Scottish Leaving Certificate Examination, 1959
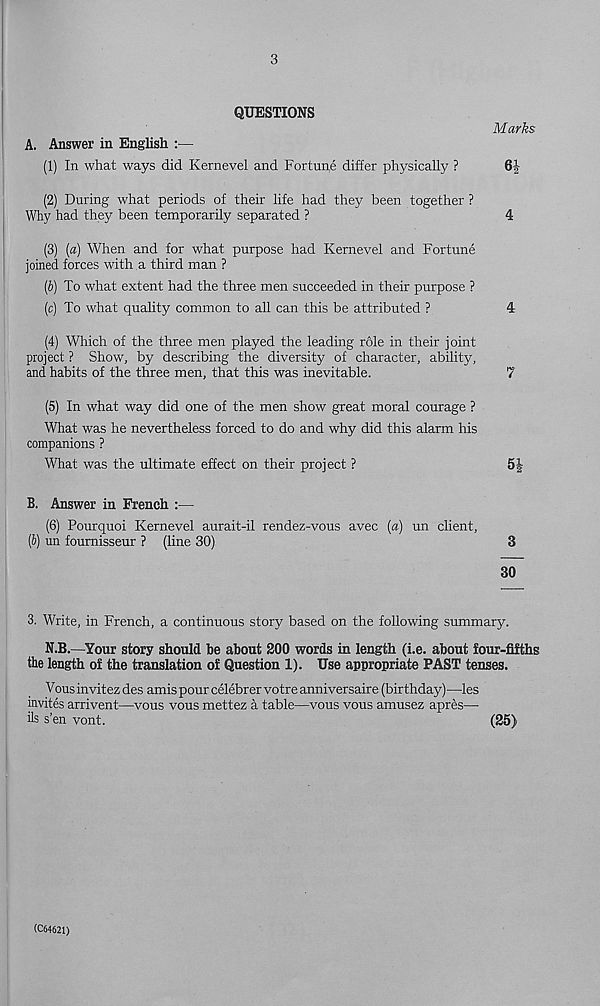
3
QUESTIONS
Marks
A. Answer in English :—
(1) In what ways did Kernevel and Fortune differ physically ?
6f
(2) During what periods of their life had they been together ?
Why had they been temporarily separated ?
4
(3) (a) When and for what purpose had Kernevel and Fortune
joined forces with a third man ?
(b) To what extent had the three men succeeded in their purpose ?
(c) To what quality common to all can this be attributed ?
4
(4) Which of the three men played the leading role in their joint
project ? Show, by describing the diversity of character, ability,
and habits of the three men, that this was inevitable.
7
(5) In what way did one of the men show great moral courage ?
What was he nevertheless forced to do and why did this alarm his
companions ?
What was the ultimate effect on their project ?
5J
B. Answer in French :—
(6) Pourquoi Kernevel aurait-il rendez-vous avec (a) un client,
(6) un foumisseur ? (line 30)
3
30
3. Write, in French, a continuous story based on the following summary.
N.B.—Your story should be about 200 words in length (i.e. about four-fifths
the length of the translation of Question 1). Use appropriate PAST tenses.
Vousinvitezdes amis pour celebrervotreanniversaire (birthday)—les
invites arrivent—vous vous mettez a table—vous vous amusez apres—■
ils s’en vont.
(25)
(C64621)